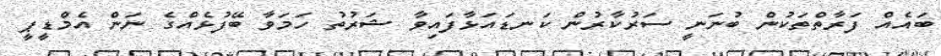
ބައެއް ފަރާތްތަކުން ބުނަނީ ސަރުކާރުން ކަނޑައަޅާފައިވާ ޝަރުތު ހަމަވާ ބޭފުޅެއްގެ ނަން އެމްޑީޕީ